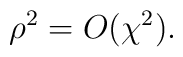
\rho ^{2} = O (\chi^{2}).